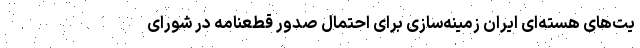
یت‌های هسته‌ای ایران زمینه‌سازی برای احتمال صدور قطعنامه در شورای